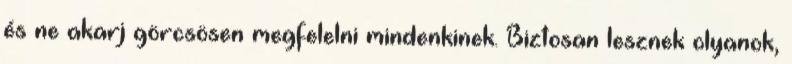
és ne akarj görcsösen megfelelni mindenkinek. Biztosan lesznek olyanok,